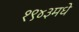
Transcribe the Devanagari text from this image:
१९४३मधे